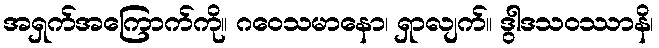
အရှက်အကြောက်ကို။ ဂဝေသမာနော၊ ရှာလျက်။ ဒွါဒသဝဿာနိ၊